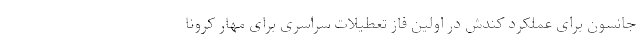
جانسون برای عملکرد کندش در اولین فاز تعطیلات سراسری برای مهار کرونا